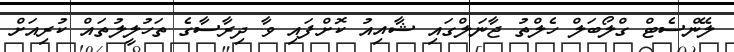
ލޭންސެޓް ގްލޯބަލް ހެލްތު ޖާނަލްގައި ޝާއިއު ކޮށްފައި ވާ ދިރާސާގެ ތަހުލީލުތައް ކުރިއަށް